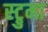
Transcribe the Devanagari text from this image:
स्ट्रुमा